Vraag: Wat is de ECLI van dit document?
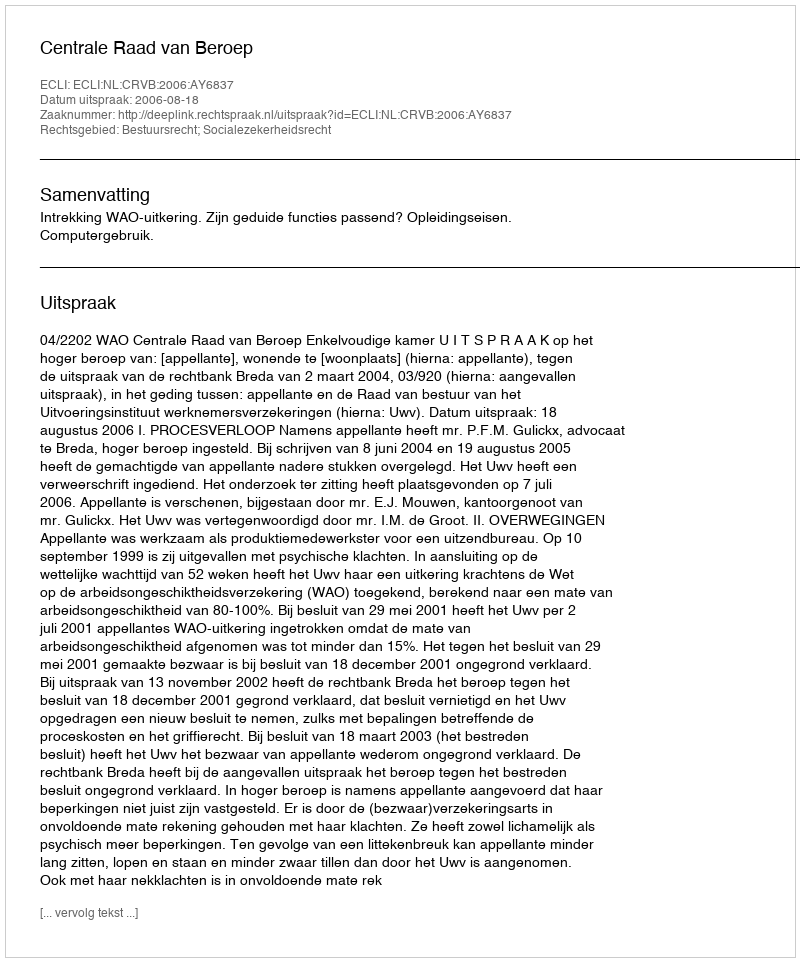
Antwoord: ECLI:NL:CRVB:2006:AY6837